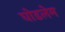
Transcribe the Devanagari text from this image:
घोडलेम